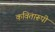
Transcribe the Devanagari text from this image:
कवितारूपी